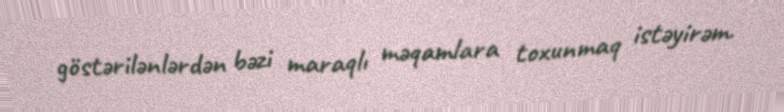
göstərilənlərdən bəzi maraqlı məqamlara toxunmaq istəyirəm.